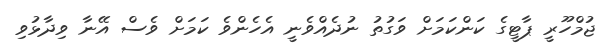
ޖުމްހޫރީ ޕާޓީގެ ކަންކަމަށް ވަގުތު ނުދެއްވެނީ އެހެންވެ ކަމަށް ވެސް އޭނާ ވިދާޅުވި